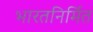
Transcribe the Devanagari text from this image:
भारतनिर्मित